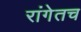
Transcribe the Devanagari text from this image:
रांगेतच